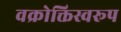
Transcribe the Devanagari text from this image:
वक्रोक्तिस्वरूप